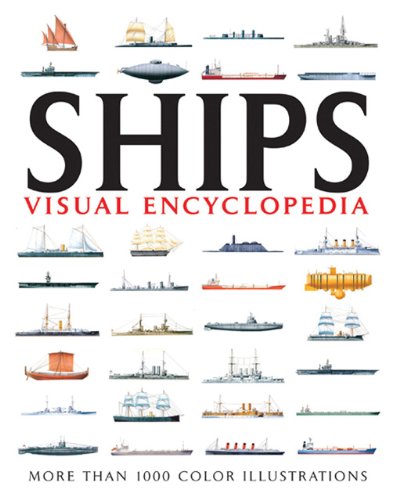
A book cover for Visual Encyclopedia of Ships; David Ross; Reference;